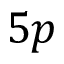
5 p